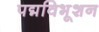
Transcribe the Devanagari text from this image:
पद्मविभूशन